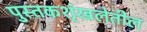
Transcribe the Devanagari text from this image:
पुस्तकशृंखलेतील